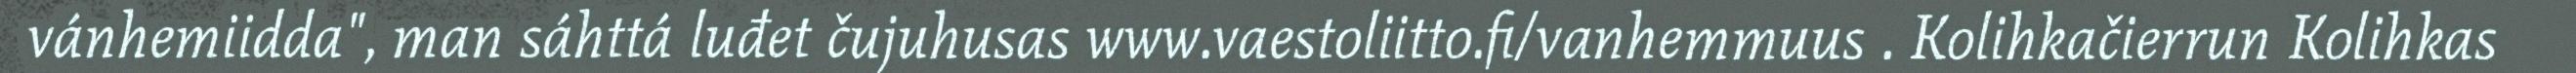
vánhemiidda", man sáhttá luđet čujuhusas www.vaestoliitto.fi/vanhemmuus . Kolihkačierrun Kolihkas